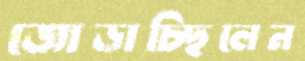
জোড়াচ্ছিলেন